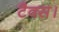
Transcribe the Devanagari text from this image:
टैक्स।